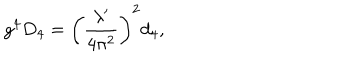
g ^ { 4 } D _ { 4 } = \left( \frac { \lambda ^ { \prime } } { 4 \pi ^ { 2 } } \right) ^ { 2 } d _ { 4 } ,